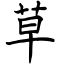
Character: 草